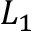
{ { L } _ { 1 } }